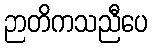
ဉာတိကသညီပေ